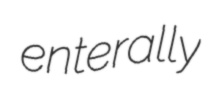
enterally